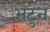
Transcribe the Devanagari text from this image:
भेटुन